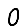
Digit: 0